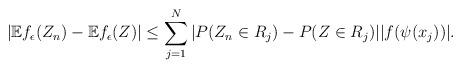
LaTeX: \begin{align*}|\mathbb Ef_{\epsilon}(Z_n)-\mathbb Ef_{\epsilon}(Z)| \leq \sum_{j=1}^N |P(Z_n\in R_j) - P(Z\in R_j)| |f(\psi(x_j))|.\end{align*}